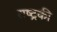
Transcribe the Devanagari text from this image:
राष्ट्रकी